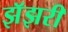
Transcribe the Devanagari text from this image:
झॅझरी